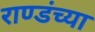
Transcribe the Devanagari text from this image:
राण्डंच्या